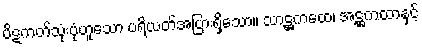
ပိဋကတ်သုံးပုံဟူသော ပရိယတ်အပြားရှိသော။ သာဋ္ဌကထေ၊ အဋ္ဌကထာနှင့်